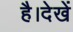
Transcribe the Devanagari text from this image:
है।देखें